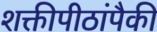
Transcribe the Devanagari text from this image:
शक्तीपीठांपैकी